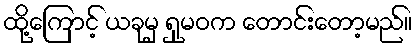
ထို့ကြောင့် ယခုမှ ရှုမဝက တောင်းတော့မည်။